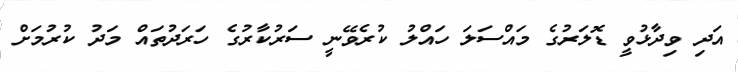
އަދި ވިދާޅުވީ ޑޮލަރުގެ މައްސަލަ ހައްލު ކުރެވޭނީ ސަރުކާރުގެ ހަރަދުތައް މަދު ކުރުމަށް